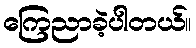
ကြေညာခဲ့ပါတယ်။